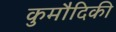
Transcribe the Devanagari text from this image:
कुमौदिकी